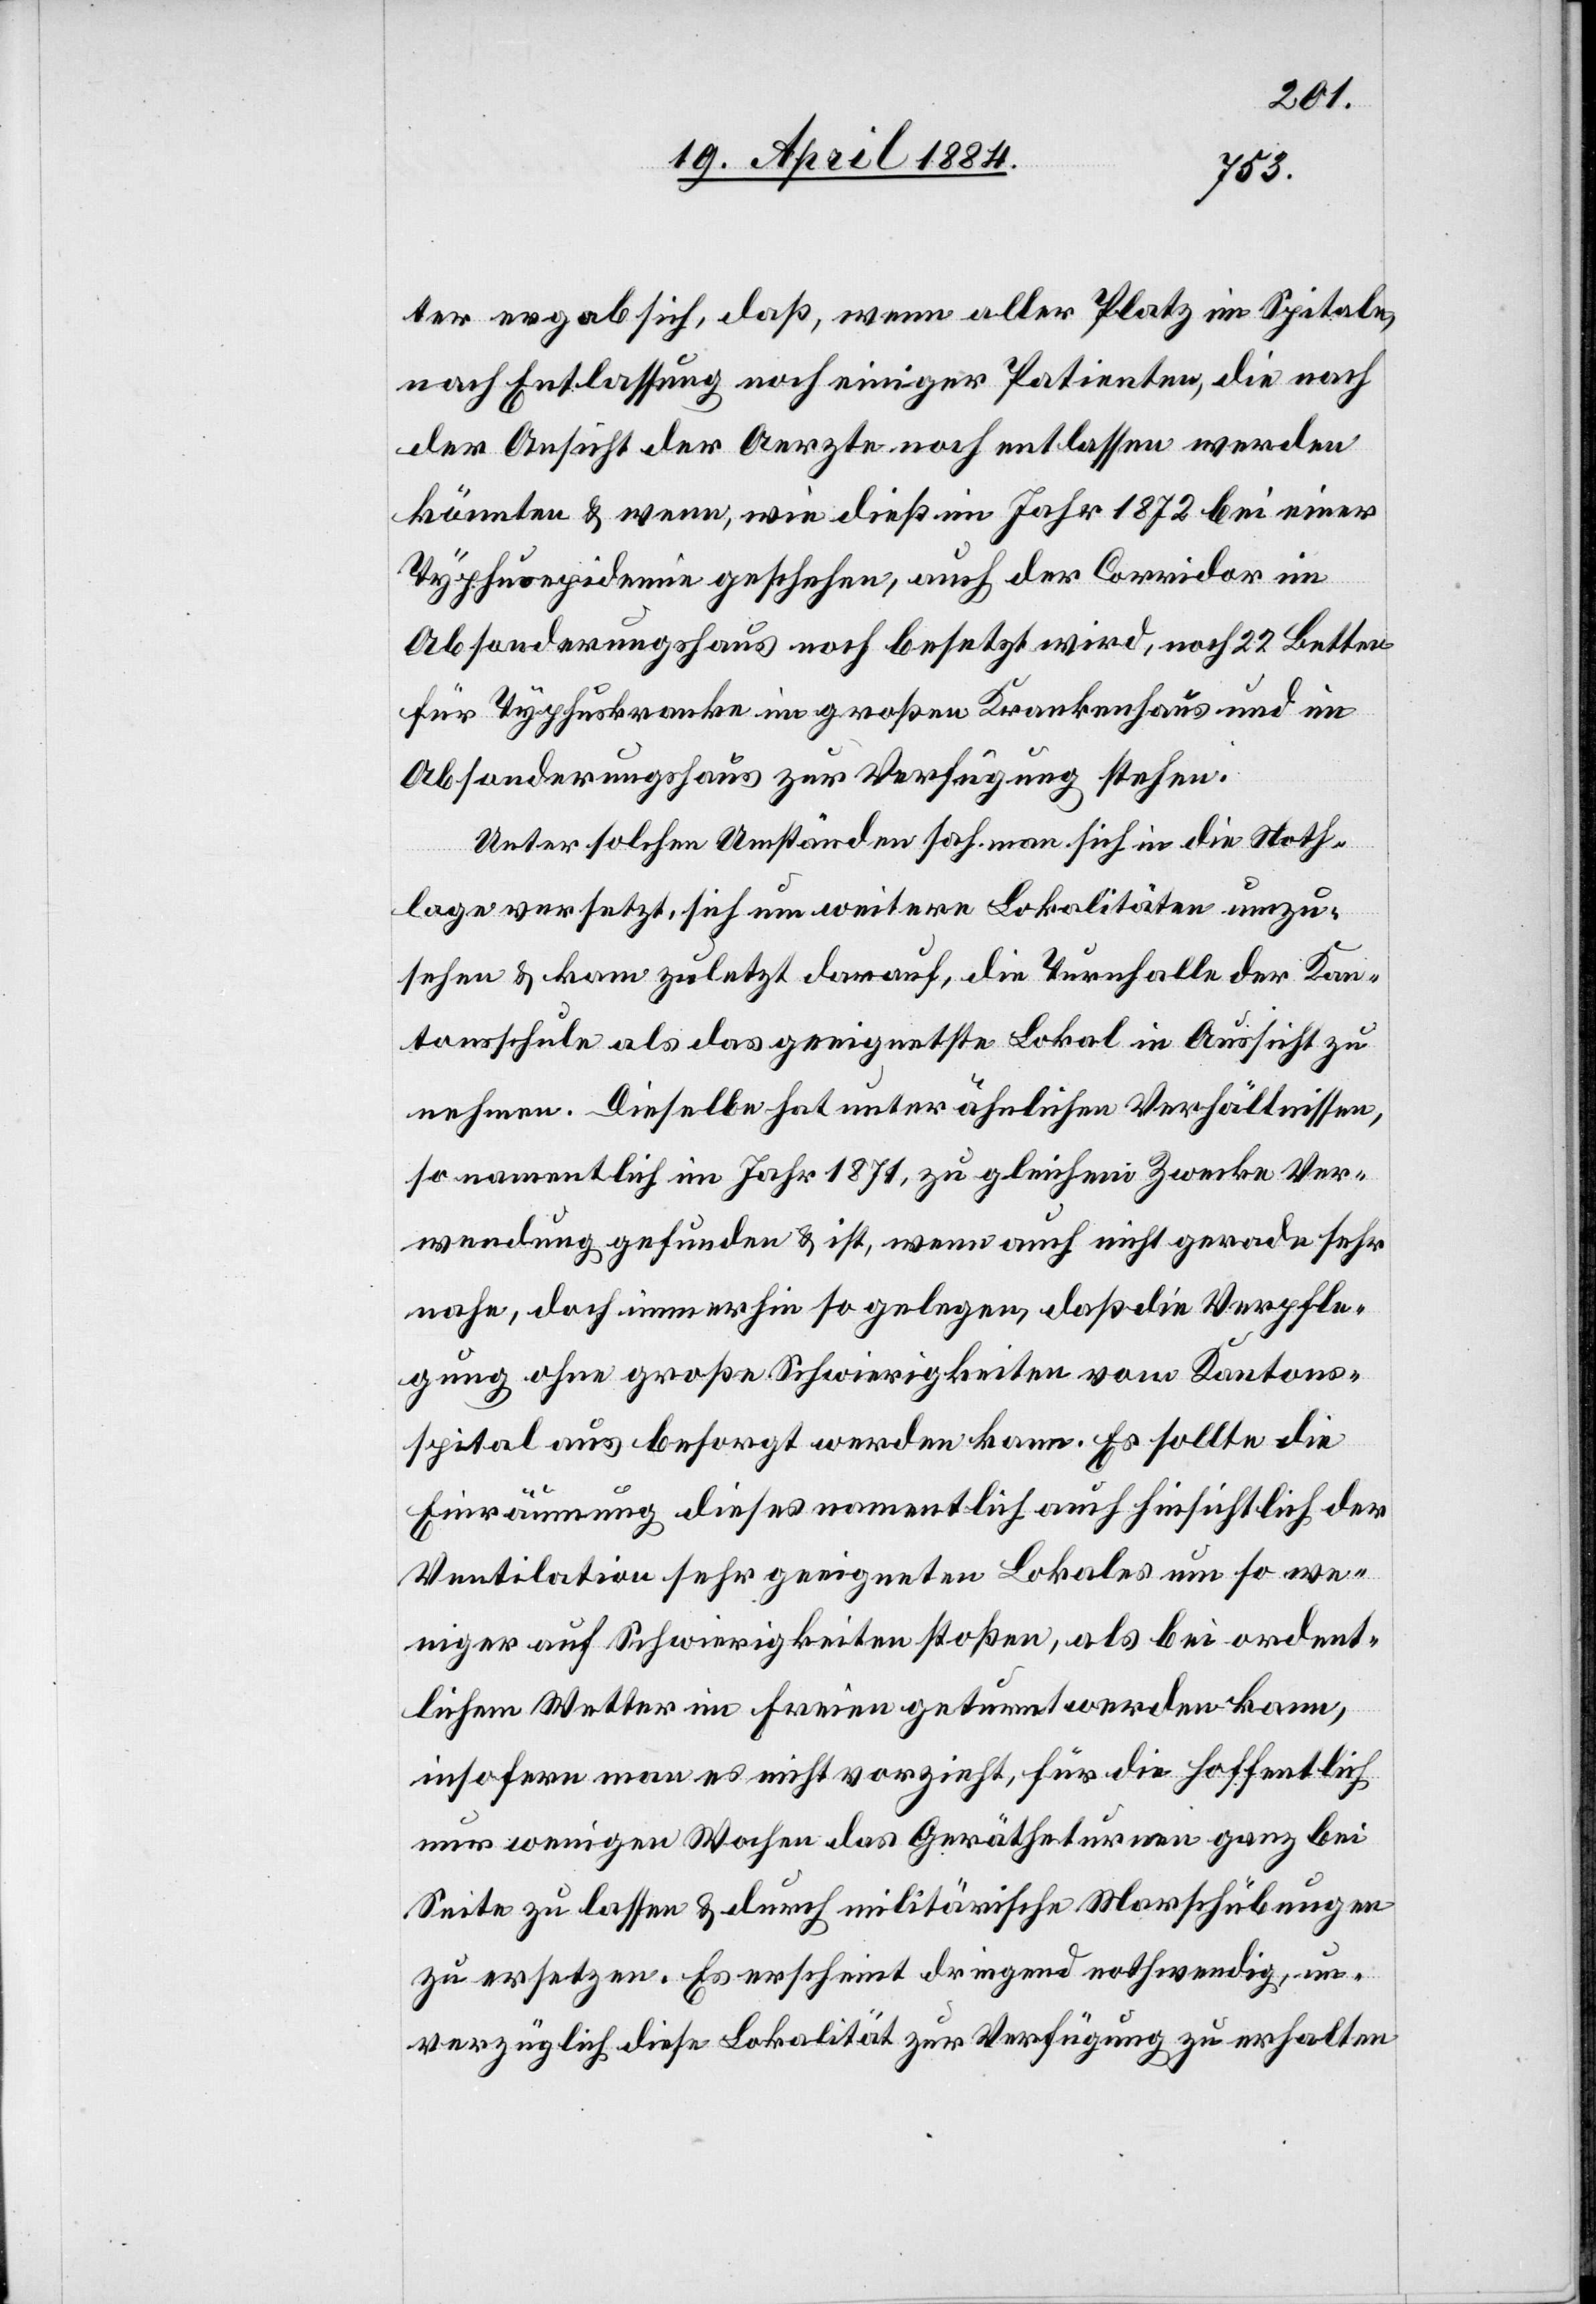
ter ergab sich, daß, wenn aller Platz im Spitale
nach Entlassung noch einiger Patienten, die nach
der Ansicht der Aerzte noch entlassen werden
könnten & wenn, wie dieß im Jahr 1872 bei einer
Typhusepidemie geschehen, auch der Corridor im
Absonderungshaus noch besetzt wird, noch 22 Betten
für Typhuskranke im großen Krankenhaus und im
Absonderungshaus zur Verfügung stehen.
Unter solchen Umständen sah man sich in die Noth¬
lage versetzt, sich um weitere Lokalitäten umzu¬
sehen & kam zuletzt darauf, die Turnhalle der Kan¬
tonsschule als das geeignetste Lokal in Aussicht zu
nehmen. Dieselbe hat unter ähnlichen Verhältnissen
so namentlich im Jahr 1871, zu gleichem Zwecke Ver¬
wendung gefunden & ist, wenn auch nicht gerade sehr
nahe, doch immerhin so gelegen, daß die Verpfle¬
gung ohne große Schwierigkeiten vom Kantons¬
spital aus besorgt werden kann. Es sollte die
Einräumung dieses namentlich auch hinsichtlich der
Ventilation sehr geeigneten Lokals um so we¬
niger auf Schwierigkeiten stoßen, als bei ordent¬
lichem Wetter im Freien geturnt werden kann,
insofern man es nicht vorzieht, für die hoffentlich
nur wenigen Wochen das Gerätheturnen ganz bei
Seite zu lassen & durch militärische Marschübungen
zu ersetzen. Es erscheint dringend nothwendig un¬
verzüglich diese Lokalität zur Verfügung zu erhalten